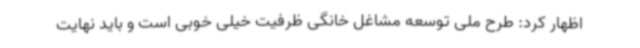
اظهار کرد: طرح ملی توسعه مشاغل خانگی ظرفیت خیلی خوبی است و باید نهایت